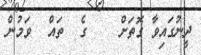
ދީނުގައިވާ ގޮތަށް    ގެ  ތައް  ވަމުން